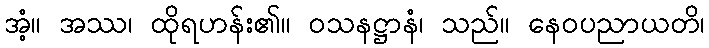
အံ့။ အဿ၊ ထိုရဟန်း၏။ ဝသနဋ္ဌာနံ၊ သည်။ နေဝပညာယတိ၊